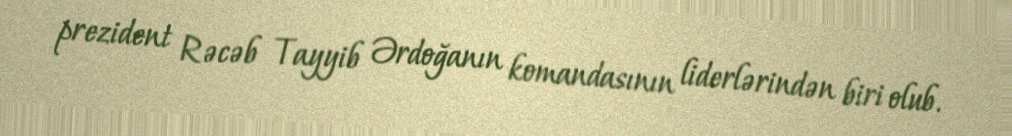
prezident Rəcəb Tayyib Ərdoğanın komandasının liderlərindən biri olub.